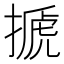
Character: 搋